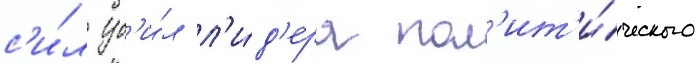
с'и́л уб'и́л л'и́д'ера пол'ит'и́ческого